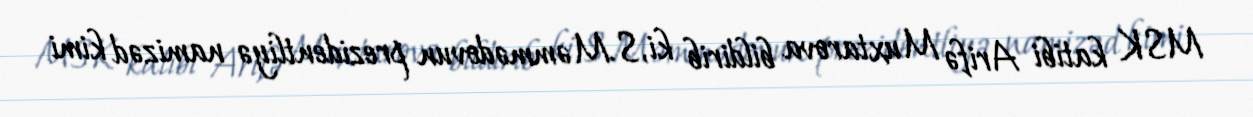
MSK katibi Arifə Muxtarova bildirib ki, S.Məmmədovun prezidentliyə namizəd kimi